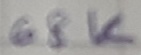
Text: 68K